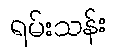
ရမ်းသန်း